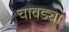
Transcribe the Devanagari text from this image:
चावड्या